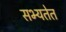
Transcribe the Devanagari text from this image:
सभ्यतेत